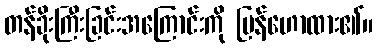
တန်ခိုးကြီးခြင်းအကြောင်းကို ပြန်ဟောထား၏။